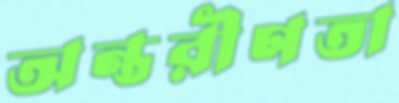
অন্তরীণতা